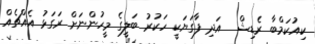
ކިއުކަމްބާ ރެޑިޝް  އަދި ފާގަޔަކީ ހަކުރު ބަލީގެ މީހުންނަށް ރަގަޅު އެއްޗެއް